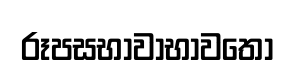
රූපසභාවාභාවතො